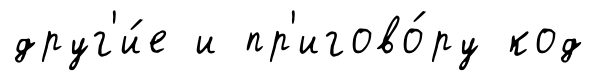
друг'и́е и пр'игово́ру код